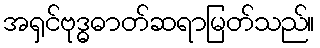
အရှင်ဗုဒ္ဓဓာတ်ဆရာမြတ်သည်။